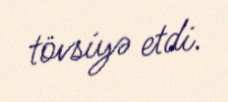
tövsiyə etdi.